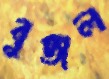
বুজল